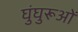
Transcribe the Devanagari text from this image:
घुंघुरूओं